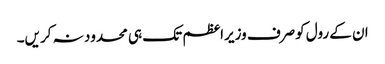
ان کے رول کوصرف وزیراعظم تک ہی محدود نہ کریں۔